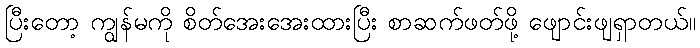
ပြီးတော့ ကျွန်မကို စိတ်အေးအေးထားပြီး စာဆက်ဖတ်ဖို့ ဖျောင်းဖျရှာတယ်။